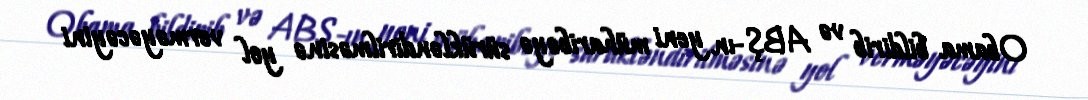
Obama bildirib və ABŞ-ın yeni müharibəyə sürükləndirilməsinə yol verməyəcəyini